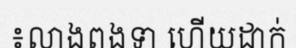
៖លាងពងទា ហើយដាក់